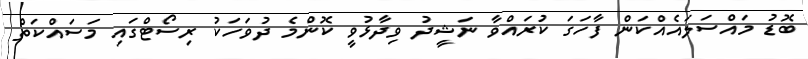
ބޮޑު މައްސަލައެއްކަން ފާހަގަ ކުރައްވާ ނަޝީދު ވިދާޅުވީ ކޮންމެ ދުވަހަކު ރިސޯޓްގައި މަސައްކަތް